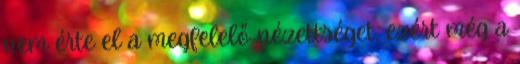
nem érte el a megfelelő nézettséget, ezért még a